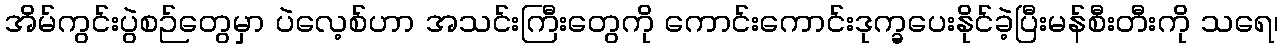
အိမ်ကွင်းပွဲစဉ်တွေမှာ ပဲလေ့စ်ဟာ အသင်းကြီးတွေကို ကောင်းကောင်းဒုက္ခပေးနိုင်ခဲ့ပြီးမန်စီးတီးကို သရေ၊